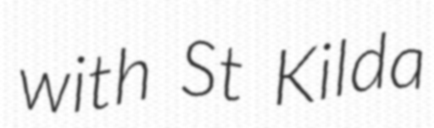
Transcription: with St Kilda